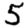
Digit: 5